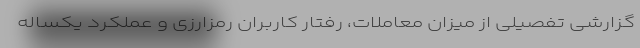
گزارشی تفصیلی از میزان معاملات، رفتار کاربران رمزارزی و عملکرد یکساله